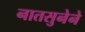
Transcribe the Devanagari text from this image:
नातसुनेने